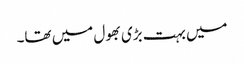
میں بہت بڑی بھول میں تھا۔